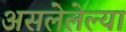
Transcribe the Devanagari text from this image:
असलेलेल्या